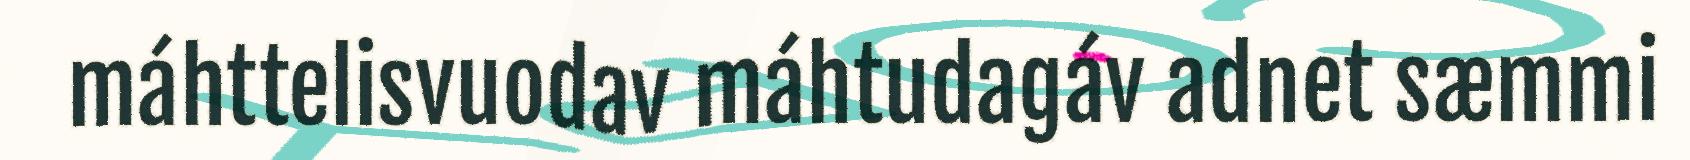
máhttelisvuodav máhtudagáv adnet sæmmi